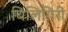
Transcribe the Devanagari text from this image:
बिलिगिरी